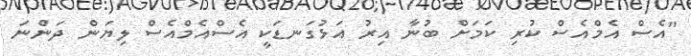
"އެސް އެމްއެސް ކުރި ކަމަށް ބުނާ އިރު އަޅުގަނޑަކީ އެސްއެމްއެސް ލިޔަން ދަންނަ